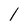
Character: I